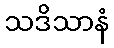
သဒိသာနံ